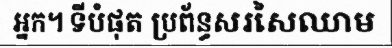
អ្នក។ ទីបំផុត ប្រព័ន្ធសរសៃឈាម